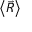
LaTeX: \left\langle { \vec { R } } \right\rangle